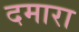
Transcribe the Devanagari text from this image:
दमारा